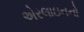
એરલાઇનનો